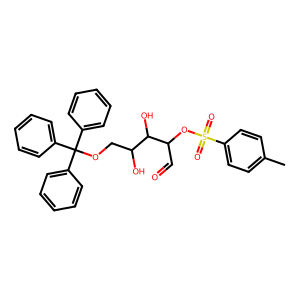
SMILES: Cc1ccc(S(=O)(=O)OC(C=O)C(O)C(O)COC(c2ccccc2)(c2ccccc2)c2ccccc2)cc1
Inhibits HIV replication: No